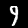
Label: 9